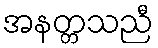
အနတ္တသညီ